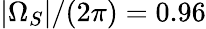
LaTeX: |\Omega_{S}|/(2\pi)=0.96